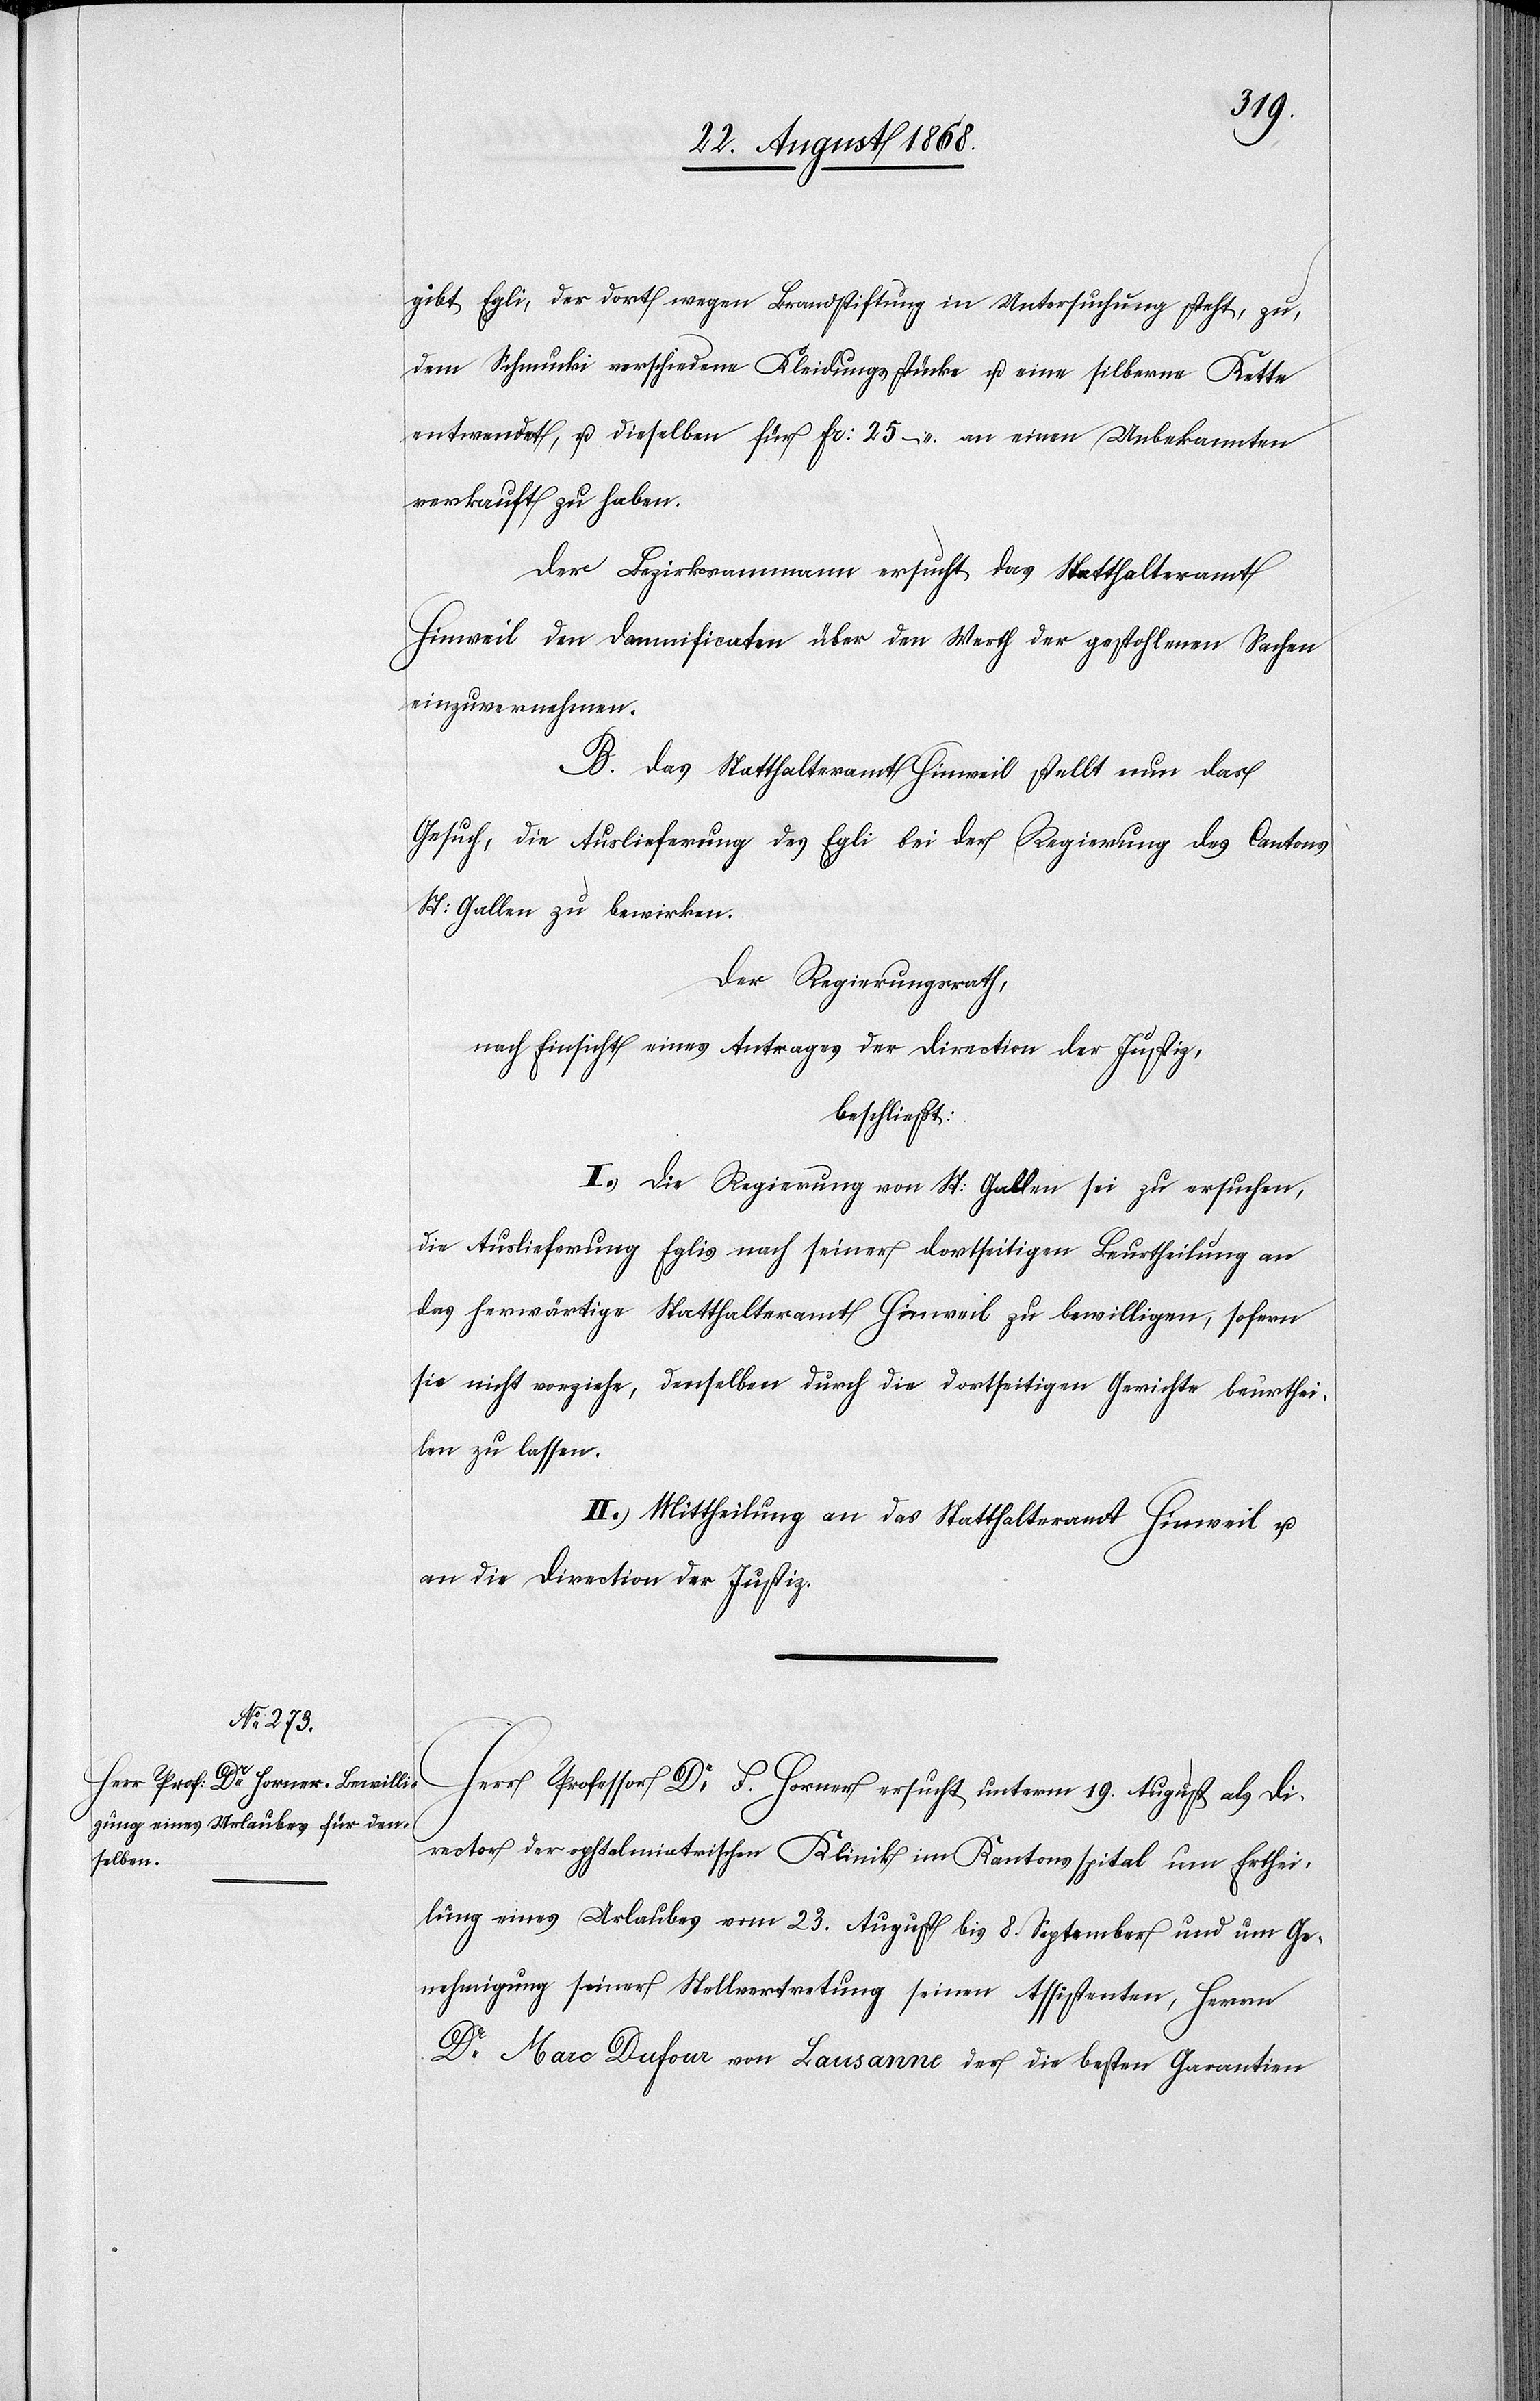
gibt Egli, der dort wegen Brandstiftung in Untersuchung steht, zu,
dem Schmucki verschiedene Kleidungsstücke u. eine silberne Kette
entwendet, u. dieselben für Fr: 25 – an einen Unbekannten
verkauft zu haben.
Der Bezirksammann ersucht das Statthalteramt
Hinweil den Damnificaten über den Werth der gestohlenen Sachen
einzuvernehmen.
B. Das Statthalteramt Hinweil stellt nun das
Gesuch, die Auslieferung des Egli bei der Regierung des Cantons
St: Gallen zu bewirken.
Der Regierungsrath,
nach Einsicht eines Antrages der Direction der Justiz,
beschließt:
I.) Die Regierung von St: Gallen sei zu ersuchen,
die Auslieferung Eglis nach seiner dortseitigen Beurtheilung an
das herwärtige Statthalteramt Hinweil zu bewilligen, sofern
sie nicht vorziehe, denselben durch die dortseitigen Gerichte beurthei¬
len zu lassen.
II.) Mittheilung an das Statthalteramt Hinweil u.
an die Direction der Justiz.
Herr Professor Dr F. Horner ersucht unterm 19. August als Di¬
rector der ophtalmiatrischen Klinik im Kantonsspital um Erthei¬
lung eines Urlaubes vom 23. August bis 8. September und um Ge¬
nehmigung seiner Stellvertretung seinen Assistenten, Herrn
Dr Marc Dufour von Lausanne der die besten Garantien